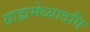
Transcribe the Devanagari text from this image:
ग्राह्ममेध्यादपि